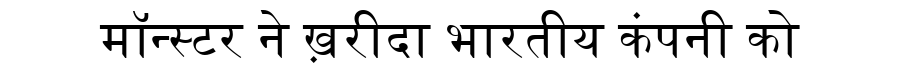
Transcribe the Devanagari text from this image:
मॉन्स्टर ने ख़रीदा भारतीय कंपनी को